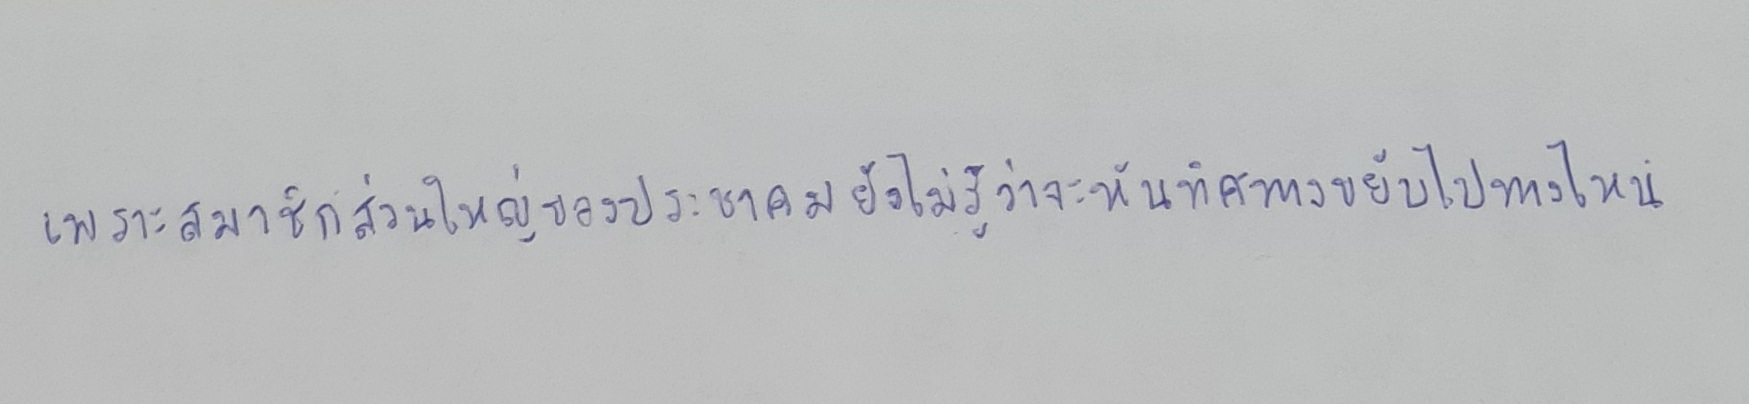
เพราะสมาชิกส่วนใหญ่ของประชาคมยังไม่รู้ว่าจะหันทิศทางขยับไปทางไหน